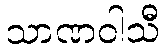
သာဏဝါသီ